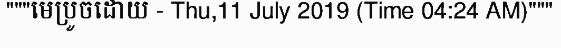
"""មេប្រូចដោយ - Thu,11 July 2019 (Time 04:24 AM)"""